Annual administration report of the Civil Veterinary Department of India - 1897-1898
Year: 1897
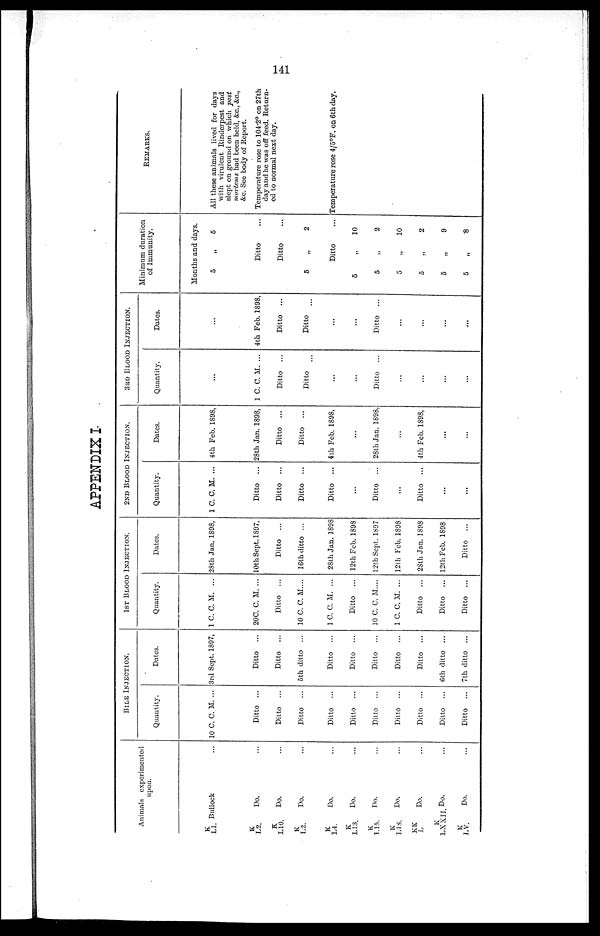
141
APPENDIX I.
Animals experimented
upon.
K
L1. Bullock ...
K
L2. Do. ...
K
L10. Do. ...
K
L2. Do. ...
K
L4 Do. ...
K
L13. Do. ...
K
L15. Do. ...
K
18. Do. ...
KK
L Do. ...
K
LXXII. Do. ...
K
LV. Do. ...
BILE INJECTION.
Quantity.
10 C. C. M. ...
Ditto ...
Ditto ...
Ditto ...
Ditto ...
Ditto ...
Ditto ...
Ditto ...
Ditto ...
Ditto ...
Ditto ...
Dates.
3rd Sept. 1897,
Ditto ...
Ditto ...
5th ditto ...
Ditto ...
Ditto ...
Ditto ...
Ditto ...
Ditto ...
6th ditto ...
7th ditto ...
1ST BLOOD INJECTION.
Quantity.
1 C. C. M. ...
20C. C. M. ...
Ditto ...
10 C. C. M....
1 C. C. M. ...
Ditto ...
10 C. C. M....
1 C. C. M. ...
Ditto ...
Ditto ...
Ditto ...
Dates.
28th Jan. 1898,
10th Sept. 1897,
Ditto ...
16th ditto ...
28th Jan. 1898
12th Feb. 1898
12th Sept. 1897
12th Feb. 1898
28th Jan. 1898
12th Feb. 1898
Ditto ...
2ND BLOOD INJECTION.
Quantity.
1 C. C. M. ...
Ditto ...
Ditto ...
Ditto ...
Ditto ...
...
Ditto ...
...
Ditto ...
...
...
Dates.
4th Feb. 1898,
28th Jan. 1898,
Ditto ...
Ditto ...
4th Feb. 1898,
...
28th Jan. 1898,
...
4th Feb. 1898,
...
...
3RD BLOOD INJECTION.
Quantity.
...
1 C. C. M. ...
Ditto ...
Ditto
...
...
Ditto ...
...
...
...
...
Dates.
...
4th Feb. 1898,
Ditto ...
Ditto
...
...
Ditto ...
...
...
...
...
Minimum duration
of Immunity.
Months and days.
5
„
5
Ditto
Ditto
5
„
2
Ditto
5
„
10
5
„
2
5
„
10
5
„
2
5
„
9
5
„
8
REMARKS.
All these animals lived for days
with virulent Rinderpest and
slept on ground on which post
mortems had been held, &c., &c.,
&c. See body of Report.
Temperature rose to 104.2° on 27th
day and he was off feed. Return-
ed to normal next day.
Temperature rose 4/5°F. on 6th day.